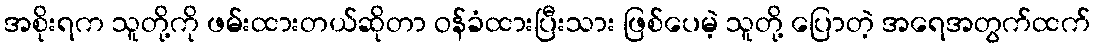
အစိုးရက သူတို့ကို ဖမ်းထားတယ်ဆိုတာ ဝန်ခံထားပြီးသား ဖြစ်ပေမဲ့ သူတို့ ပြောတဲ့ အရေအတွက်ထက်